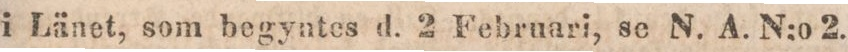
i Länet, som begyntes d. 2 Februari, sc N. A. N:o 2.